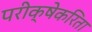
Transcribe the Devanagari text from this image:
परीक्षेकरिता